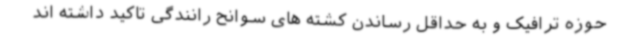
حوزه ترافیک و به حداقل رساندن کشته های سوانح رانندگی تاکید داشته اند